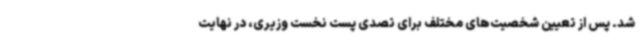
شد. پس از تعیین شخصیت‌های مختلف برای تصدی پست نخست وزیری، در نهایت